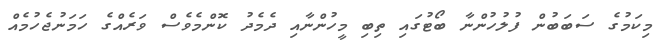
މިކަމުގެ ސަބަބުން ފުލުހުންނާ ބޯޓުގައި ތިބި މީހުންނާއި ދެމެދު ކޮންމެވެސް ވަރެއްގެ ހަމަނުޖެހުމެއް